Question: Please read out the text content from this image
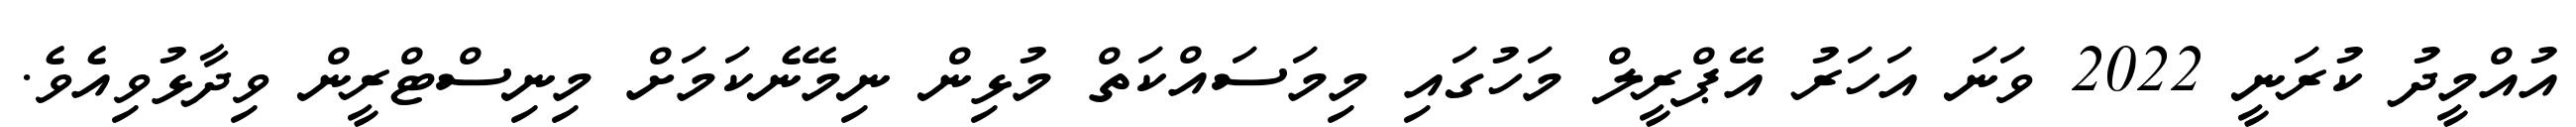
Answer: އުއްމީދު ކުރަނީ 2022 ވަނަ އަހަރު އޭޕްރީލް މަހުގައި މިމަސައްކަތް މުޅިން ނިމޭނެކަމަށް މިނިސްޓްރީން ވިދާޅުވިއެވެ.